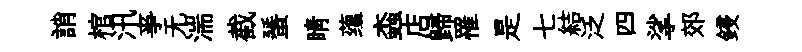
誚棺汛亊无湍截蜑睛蕴螙店歸罹是七結泛四挲郊鋟